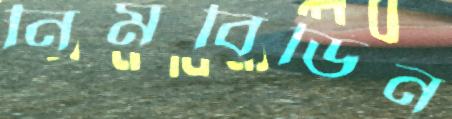
নিমবিডিন